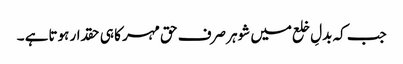
جب کہ بدلِ خلع میں شوہر صرف حق مہر کا ہی حقدار ہوتاہے ۔